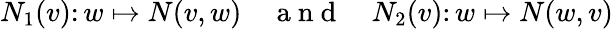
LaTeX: N_{1}(v)\colon w\mapsto N(v,w)\quad\mathrm{~a~n~d~}\quad N_{2}(v)\colon w\mapsto N(w,v)